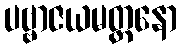
ပဗ္ဗာဇယမတ္တနော